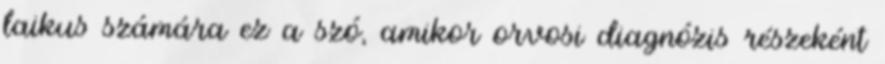
laikus számára ez a szó, amikor orvosi diagnózis részeként